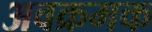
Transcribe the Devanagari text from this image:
अवक्रमक